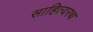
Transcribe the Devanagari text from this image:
साहित्यरथ